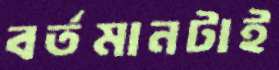
বর্তমানটাই